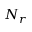
N _ { r }